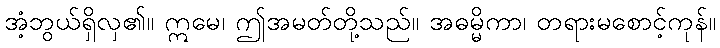
အံ့ဘွယ်ရှိလှ၏။ ဣမေ၊ ဤအမတ်တို့သည်။ အဓမ္မိကာ၊ တရားမစောင့်ကုန်။